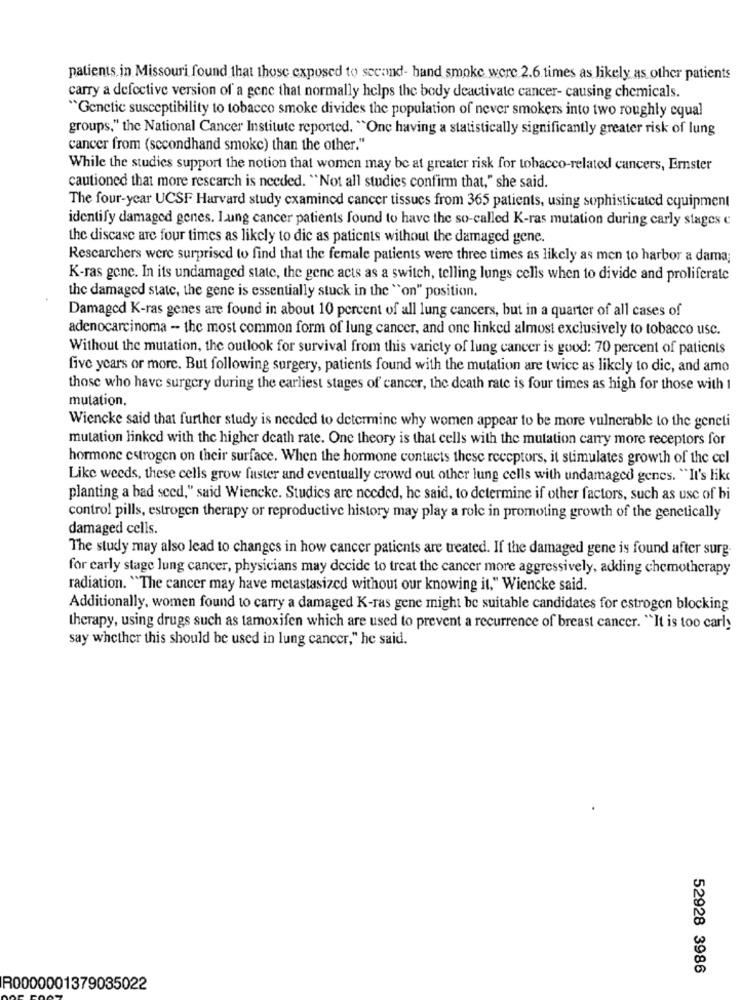
patients in Missouri found that those exposed to second- hand smoke were 2.6 times as likely as other patients
carry a defective version of a gene that normally helps the body deactivate cancer- causing chemicals.
"Genetic susceptibility to tobacco smoke divides the population of never smokers into two roughly equal
groups," the National Cancer Institute reported. "One having a statistically significantly greater risk of lung
cancer from (secondhand smoke) than the other."
While the studies support the notion that women may be at greater risk for tobacco-related cancers, Ernster
cautioned that more rescarch is needed. "Not all studies confirm that," she said.
The four-year UCSF Harvard study examined cancer tissues from 365 patients, using sophisticated equipment
identify damaged genes. Lung cancer patients found to have the so-called K-ras mutation during carly stages c
the discase are four times as likely to die as patients without the damaged gene.
Researchers were surprised to find that the female patients were three times as likely as men to harbor a dama;
K-ras gene. In its undamaged state, the gene acts as a switch, telling lungs cells when to divide and proliferate
the damaged state, the gene is essentially stuck in the "on" position.
Damaged K-ras genes are found in about 10 percent of all lung cancers, but in a quarter of all cases of
adenocarcinoma - the most common form of lung cancer, and one linked almost exclusively to tobacco usc.
Without the mutation, the outlook for survival from this variety of lung cancer is good: 70 percent of patients
five years or more. But following surgery, patients found with the mutation are twice as likely to dic, and amo
those who have surgery during the earliest stages of cancer, the death rate is four times as high for those with I
mutation.
Wiencke said that further study is needed to determine why women appear to be more vulnerable to the geneti
mutation linked with the higher death rate. One theory is that cells with the mutation carry more receptors for
hormone estrogen on their surface. When the hormone contacts these receptors, it stimulates growth of the cel
Like weeds, these cells grow faster and eventually crowd out other lung cells with undamaged genes. "It's like
planting a bad seed," said Wiencke. Studies are needed, he said, to determine if other factors, such as use of bi
control pills, estrogen therapy or reproductive history may play a role in promoting growth of the genetically
damaged cells.
The study may also lead to changes in how cancer patients are treated. If the damaged gene is found after surg.
for early stage lung cancer, physicians may decide to treat the cancer more aggressively, adding chemotherapy
radiation. "The cancer may have metastasized without our knowing it," Wiencke said.
Additionally, women found to carry a damaged K-ras gene might be suitable candidates for estrogen blocking
therapy, using drugs such as tamoxifen which are used to prevent a recurrence of breast cancer. "It is too carly
say whether this should be used in lung cancer," he said.
52928 3986
R0000001379035022